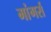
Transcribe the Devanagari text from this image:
मांगर्स